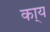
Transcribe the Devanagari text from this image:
का्य